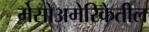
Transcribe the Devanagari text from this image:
मेसोअमेरिकेतील